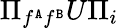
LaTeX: \Pi_{f^{\tt A}f^{\tt B}}U\Pi_{i}